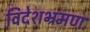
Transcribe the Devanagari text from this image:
विदेशभ्रमण